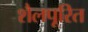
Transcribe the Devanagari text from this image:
शैलपूरित